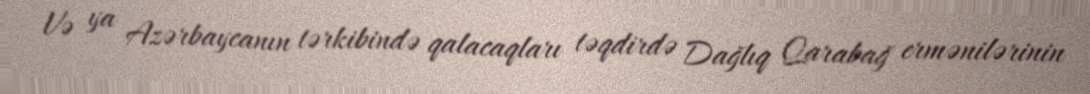
Və ya Azərbaycanın tərkibində qalacaqları təqdirdə Dağlıq Qarabağ ermənilərinin